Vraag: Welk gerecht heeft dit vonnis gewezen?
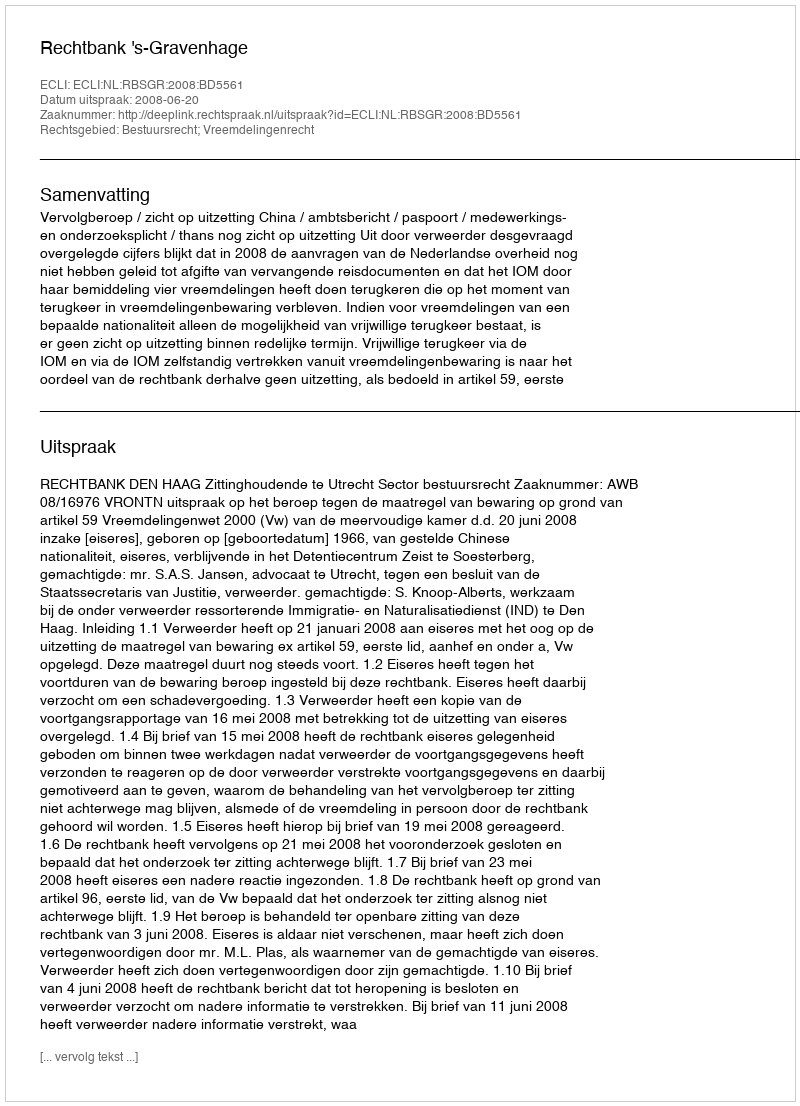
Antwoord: Rechtbank 's-Gravenhage